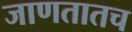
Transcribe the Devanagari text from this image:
जाणतातच